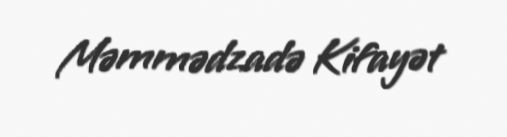
Məmmədzadə Kifayət